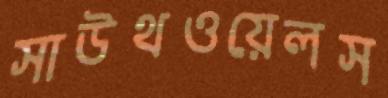
সাউথওয়েলস